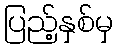
ပြည့်နှစ်မှ